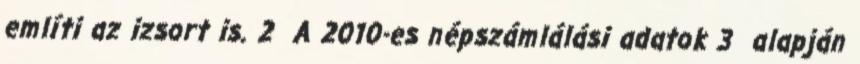
említi az izsort is. 2 A 2010-es népszámlálási adatok 3 alapján